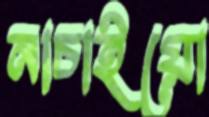
নাচাইয়ো